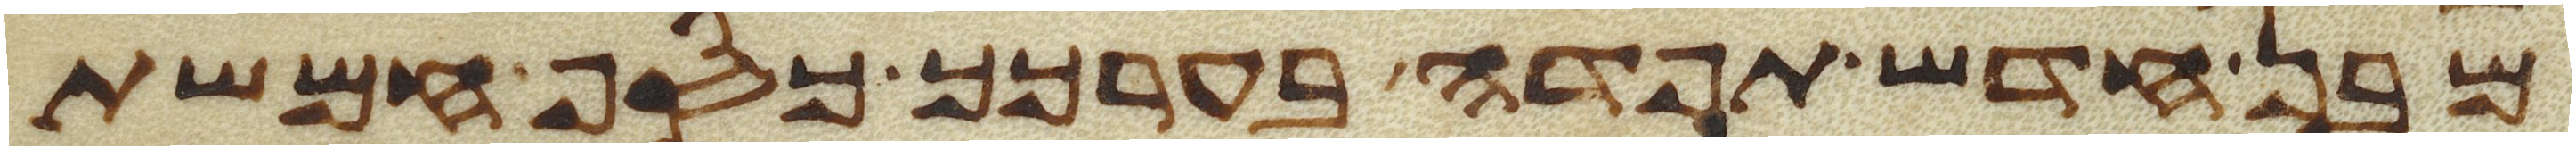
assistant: מבן חדש תפדה בערכך כסף חמשת